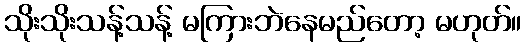
သိုးသိုးသန့်သန့် မကြားဘဲနေမည်တော့ မဟုတ်။